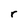
Character: r